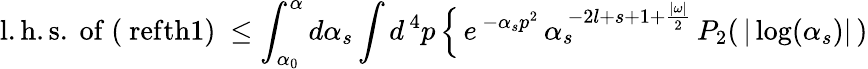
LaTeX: \mathrm{l.h.s.\ of\ (\ ref{th1})}\ \leq\int_{\alpha_{0}}^{\alpha}d\alpha_{s}\int d^{\, 4}p\, \Bigl\{ \, e^{\, -\alpha_{s}p^{2}}\, \alpha_{s}^{\, -2l+s+1+\frac{\vert\omega\vert}{2}}\, P_{2}(\, \vert\log(\alpha_{s})\vert\, )